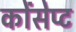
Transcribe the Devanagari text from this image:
कोंसेप्ट